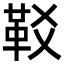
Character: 𩉤